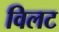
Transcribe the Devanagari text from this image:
विलट